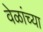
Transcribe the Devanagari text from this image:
वेळांच्या